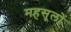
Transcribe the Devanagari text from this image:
महसूलों